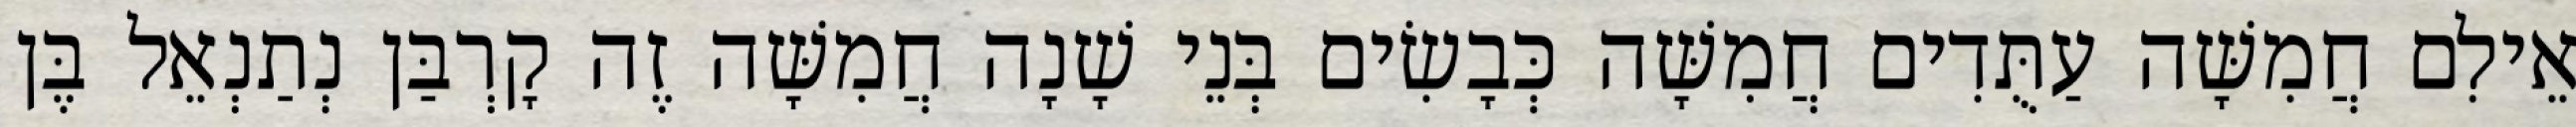
אֵילִם חֲמִשָּׁה עַתֻּדִים חֲמִשָּׁה כְּבָשִׂים בְּנֵי שָׁנָה חֲמִשָּׁה זֶה קָרְבַּן נְתַנְאֵל בֶּן